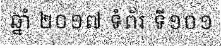
ឆ្នាំ ២០១៧ ទំព័រ ទី១០១